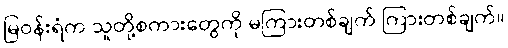
မြဝန်းရံက သူတို့စကားတွေကို မကြားတစ်ချက် ကြားတစ်ချက်။